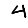
Digit: 4